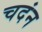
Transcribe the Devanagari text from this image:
चदंन